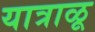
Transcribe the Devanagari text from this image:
यात्राळू